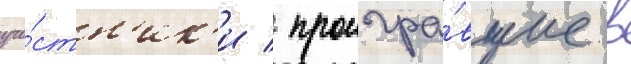
уча́стн'ик'и / проигра́вшие в